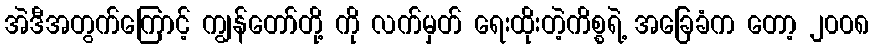
အဲဒီအတွက်ကြောင့် ကျွန်တော်တို့ ကို လက်မှတ် ရေးထိုးတဲ့ကိစ္စရဲ့ အခြေခံက တော့ ၂၀၀၈